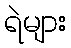
ရဲများ